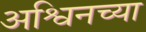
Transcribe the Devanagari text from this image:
अश्विनच्या